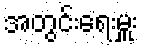
အတွင်းရေးမှူး